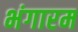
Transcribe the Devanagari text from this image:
भंगारम